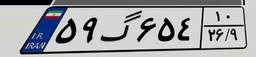
۶۸گ۴۱۰۲۲